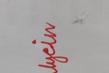
Signature authenticity: genuine